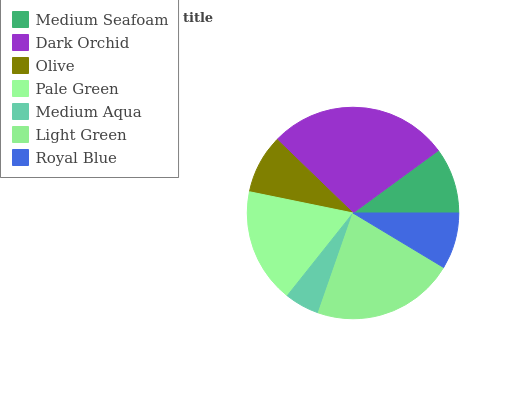
| Medium Seafoam | Dark Orchid | Olive | Pale Green | Medium Aqua | Light Green | Royal Blue |
 | --- | --- | --- | --- | --- | --- | --- |
 | 10.1% | 27.7% | 9.02% | 17.5% | 5.35% | 21.7% | 8.62% |